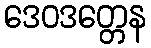
ဒေဝဒတ္တေန